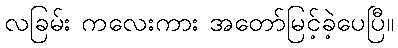
လခြမ်း ကလေးကား အတော်မြင့်ခဲ့ပေပြီ။